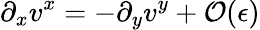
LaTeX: \partial_{x}{v^{x}}=-\partial_{y}{v^{y}}+{\mathcal O}({\epsilon})